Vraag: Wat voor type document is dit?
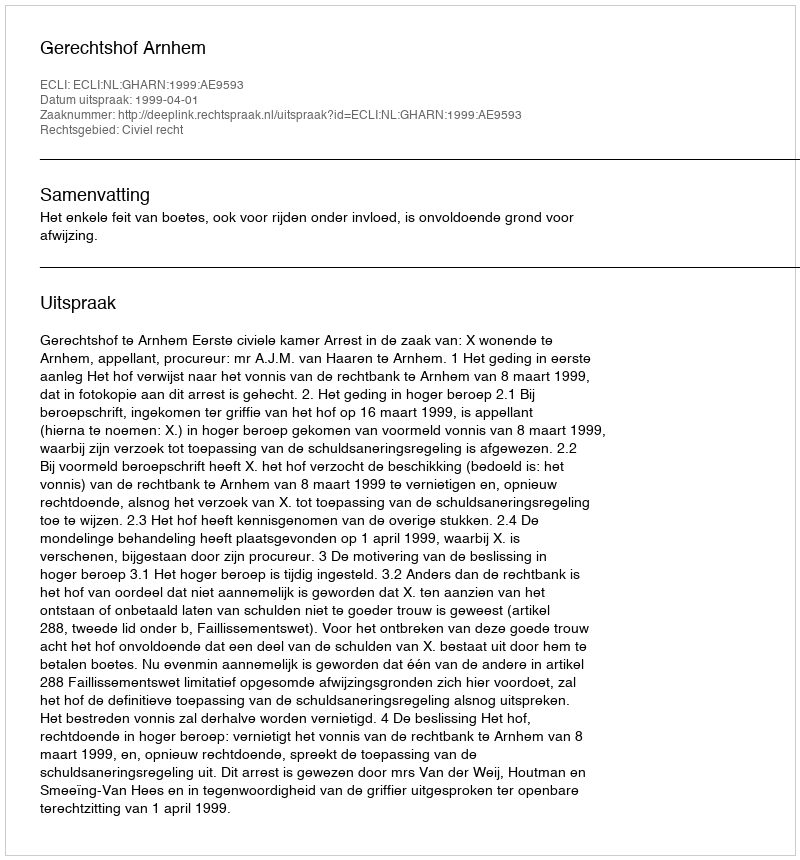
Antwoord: Uitspraak